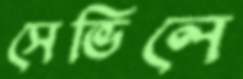
সেভিলে